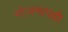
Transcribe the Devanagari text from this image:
मोजमापही